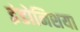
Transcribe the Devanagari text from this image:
इंडोनिशया